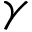
\gamma